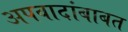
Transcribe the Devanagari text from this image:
अपवादांबाबत